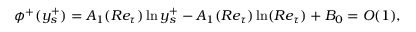
\phi ^ { + } ( y _ { s } ^ { + } ) = A _ { 1 } ( R e _ { \tau } ) \ln y _ { s } ^ { + } - A _ { 1 } ( R e _ { \tau } ) \ln ( R e _ { \tau } ) + B _ { 0 } = O ( 1 ) ,